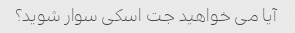
آیا می خواهید جت اسکی سوار شوید؟